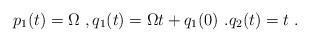
LaTeX: \begin{align*}p_1(t) = \Omega\ ,q_1(t) = \Omega t+q_1(0)\ .q_2(t) = t\ .\end{align*}